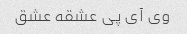
وی آی پی عشقه عشق